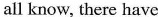
all know, there have